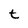
Character: t